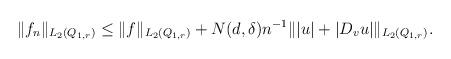
LaTeX: \begin{align*}\begin{aligned} \|f_n\|_{L_2(Q_{1, r})}& \le \|f\|_{L_2(Q_{1, r})} + N (d, \delta) n^{-1} \||u|+|D_v u|\|_{L_2(Q_{1, r})}. \end{aligned}\end{align*}